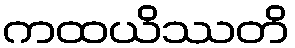
ကထယိဿတိ